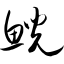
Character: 鲵